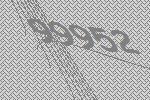
99952